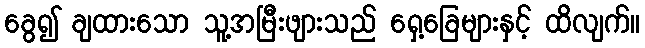
ခွေ၍ ချထားသော သူ့အမြီးဖျားသည် ရှေ့ခြေများနှင့် ထိလျက်။